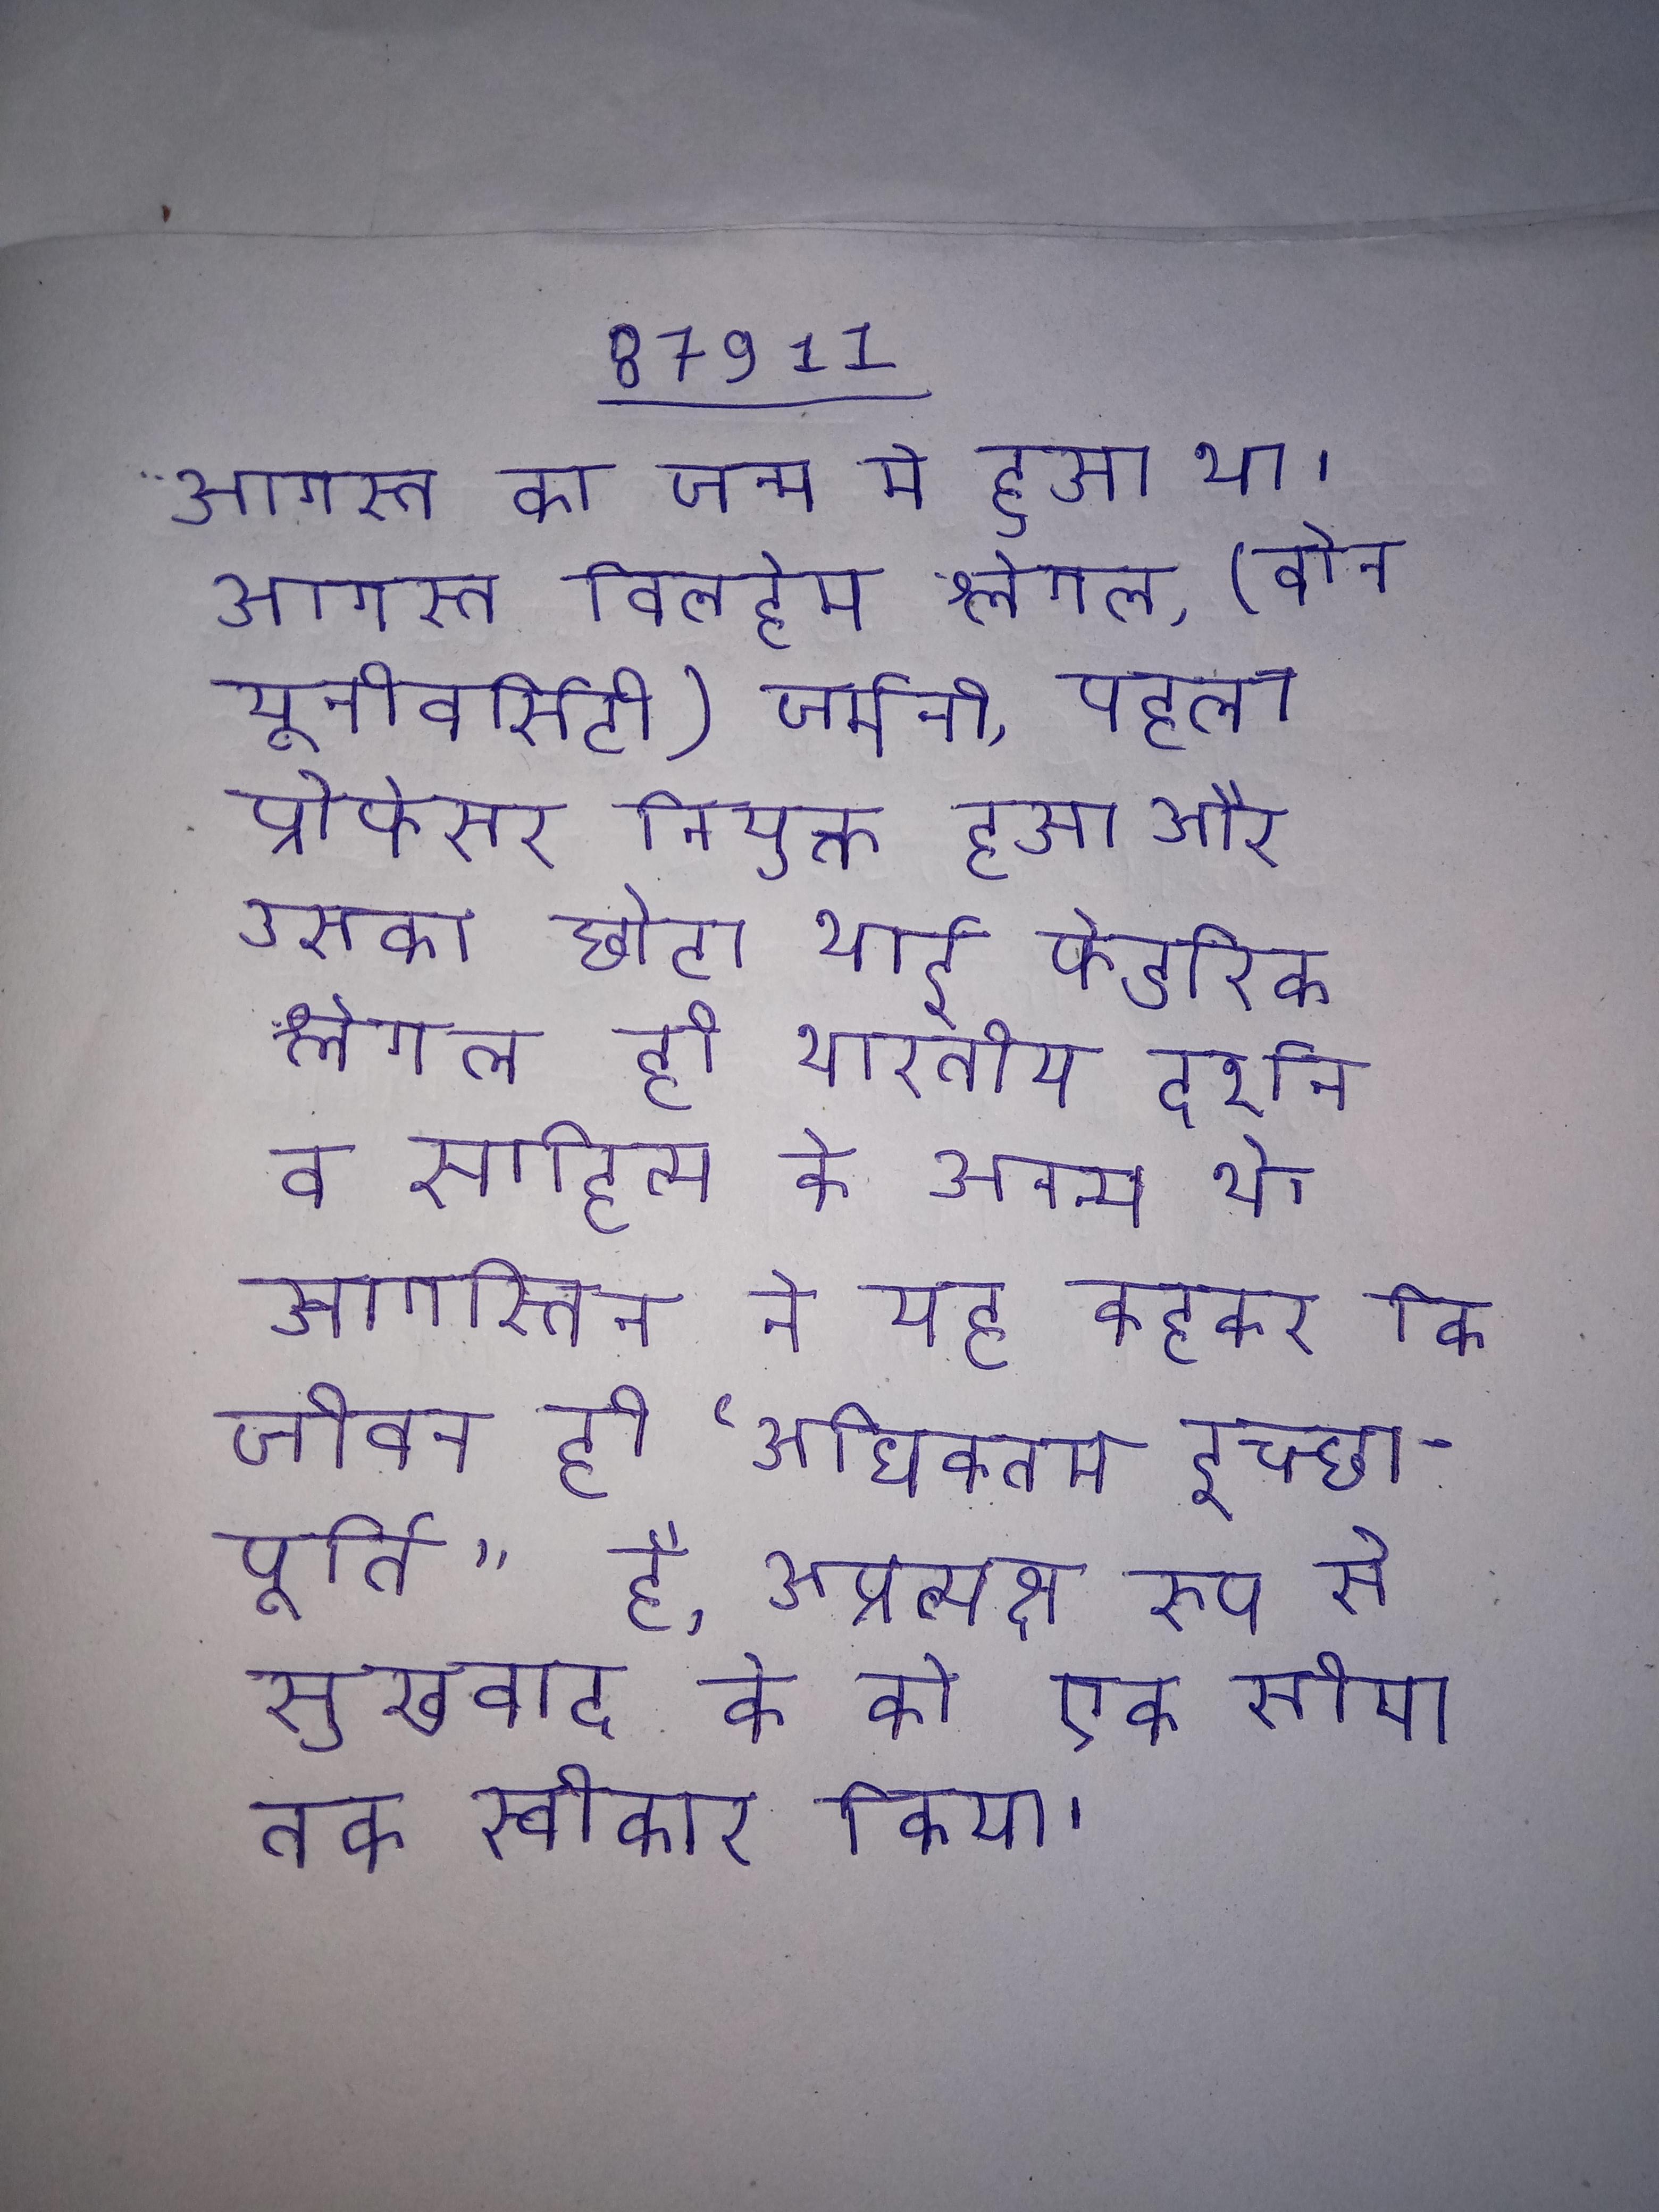
आगस्त का जन्म मे हुआ था । आगस्त विलहेम श्लेगल, (बोन यूनीवर्सिटी) जर्मनी, पहला प्रोफेसर नियुक्त हुआ और उसका छोटा भाई फ्रेडरिक श्लेगल ही भारतीय दर्शन व साहित्य के अनन्य थे । आगस्तिन ने यह कहकर कि जीवन ही "अधिकतम इच्छापूर्ति" है, अप्रत्यक्ष रूप से सुखवाद के को एक सीमा तक स्वीकार किया ।